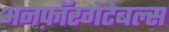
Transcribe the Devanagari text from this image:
अनफ़ॉरगेटेबल्स